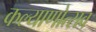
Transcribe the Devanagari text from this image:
कल्याणोत्सव